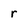
Character: r